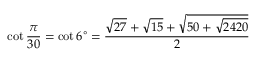
\cot { \frac { \pi } { 3 0 } } = \cot 6 ^ { \circ } = { \frac { { \sqrt { 2 7 } } + { \sqrt { 1 5 } } + { \sqrt { 5 0 + { \sqrt { 2 4 2 0 } } } } } { 2 } }